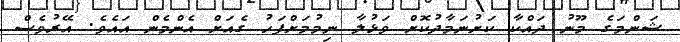
ޝަންމަގެ މޫނު ދައްކާ ކަށުނަމާދުކޮށް ވަޅުލާ ނިމުމަށްފަހު ގެއަށް އެންމެން އައެވެ. އޭރުވެސް